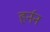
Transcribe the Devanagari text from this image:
हर्नन